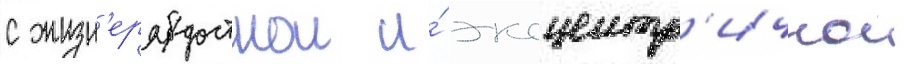
с жизн'ерадостнои и́ эксцентр'ичнои